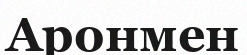
Аронмен